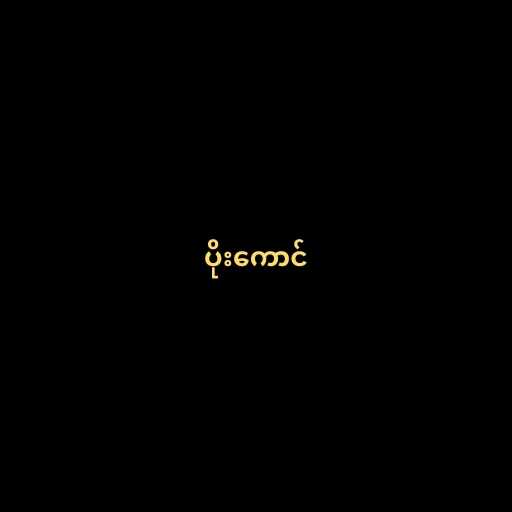
ပိုးကောင်